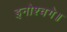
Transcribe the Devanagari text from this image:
इनोश्चगे॥